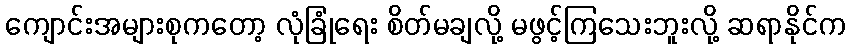
ကျောင်းအများစုကတော့ လုံခြုံရေး စိတ်မချလို့ မဖွင့်ကြသေးဘူးလို့ ဆရာနိုင်က